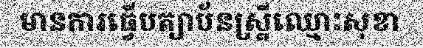
មានការធ្វើបត្យាប័នស្ត្រីឈ្មោះសុខា